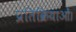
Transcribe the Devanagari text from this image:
प्रतिक्रियाओं।